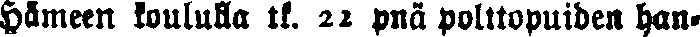
Hämeen koululla tk. 21 pnä polttopuiden han-